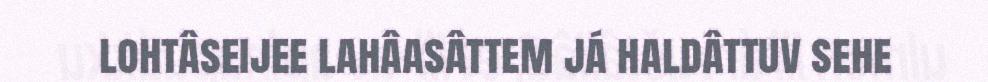
lohtâseijee lahâasâttem já haldâttuv sehe